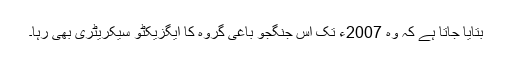
بتایا جاتا ہے کہ وہ 2007ء تک اس جنگجو باغی گروہ کا ایگزیکٹو سیکریٹری بھی رہا۔